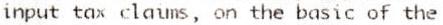
INPUT TAX CLAIMS, ON THE BASIC OF THE